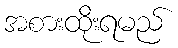
အစားထိုးရမည်